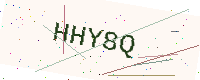
Text: HHY8Q